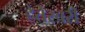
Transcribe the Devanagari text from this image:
हेतेस्बरी